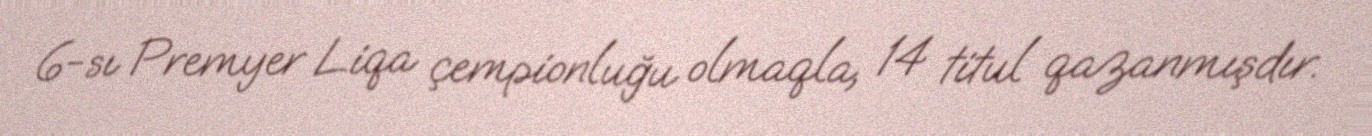
6-sı Premyer Liqa çempionluğu olmaqla, 14 titul qazanmışdır.